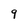
Character: 9